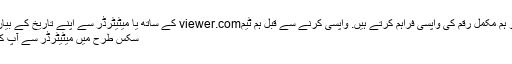
کا جواباگر ہم کام نہیں کرتے تو ہم مکمل رقم کی واپسی فراہم کرتے ہیں. واپسی کرنے سے قبل ہم ٹیمviewer.com کے ساتھ یا میٹیٹرڈر سے اپنے تاریخ کے بیان کی مدد سے چیک کریں گے.
سکس طرح میں میٹیٹرڈر سے آپ کو تاریخ کا بیان بھیج سکتا ہوں؟